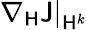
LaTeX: \left.\nabla_{\mathsf{H}}\mathsf{J}\right|_{\mathsf{H}^{k}}